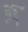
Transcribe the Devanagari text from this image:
क़्ध्